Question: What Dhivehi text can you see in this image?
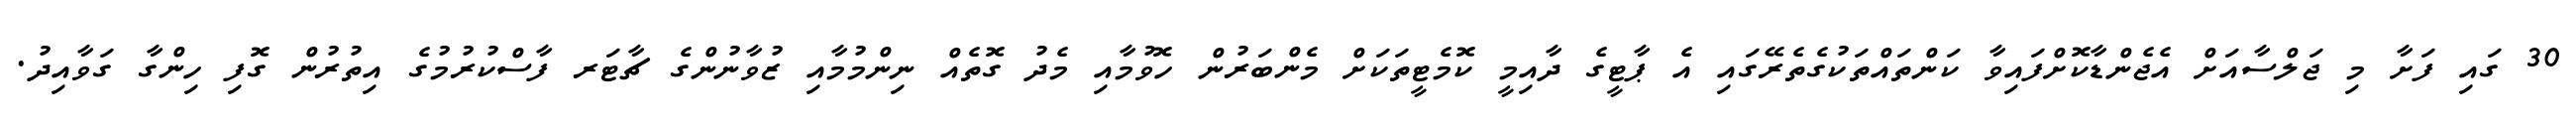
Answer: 30 ގައި ފަށާ މި ޖަލްސާއަށް އެޖެންޑާކޮށްފައިވާ ކަންތައްތަކުގެތެރޭގައި އެ ޕާޓީގެ ދާއިމީ ކޮމެޓީތަކަށް މެންބަރުން ހޮވުމާއި މެދު ގޮތެއް ނިންމުމާއި ޒުވާނުންގެ ޗާޓަރ ފާސްކުރުމުގެ އިތުރުން ގޮފި ހިންގާ ގަވާއިދު.